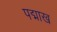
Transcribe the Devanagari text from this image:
पद्माख